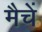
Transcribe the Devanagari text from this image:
मैचें